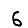
Digit: 6